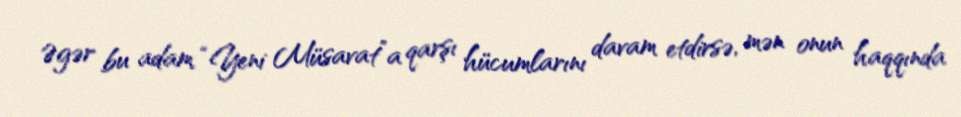
Əgər bu adam “Yeni Müsavat”a qarşı hücumlarını davam etdirsə, mən onun haqqında